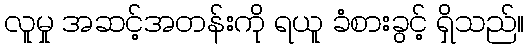
လူမှု အဆင့်အတန်းကို ရယူ ခံစားခွင့် ရှိသည်။